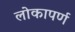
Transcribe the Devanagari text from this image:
लोकापर्ण